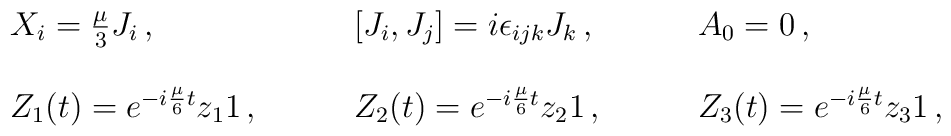
\begin{array}{lll}X_{i}=\textstyle{\frac{\mu}{3}}J_{i}\,,~~~&~~~[J_{i},J_{j}]=i\epsilon_{ijk}J_{k}\,,~~~&~~~A_{0}=0\,,\\{}&{}&{}\\Z_{1}(t)=e^{-i\frac{\mu}{6}t}z_{1}{ 1}\,,~~~&~~~Z_{2}(t)=e^{-i\frac{\mu}{6}t}z_{2}{ 1}\,,~~~&~~~Z_{3}(t)=e^{-i\frac{\mu}{6}t}z_{3}{ 1}\,,\end{array}